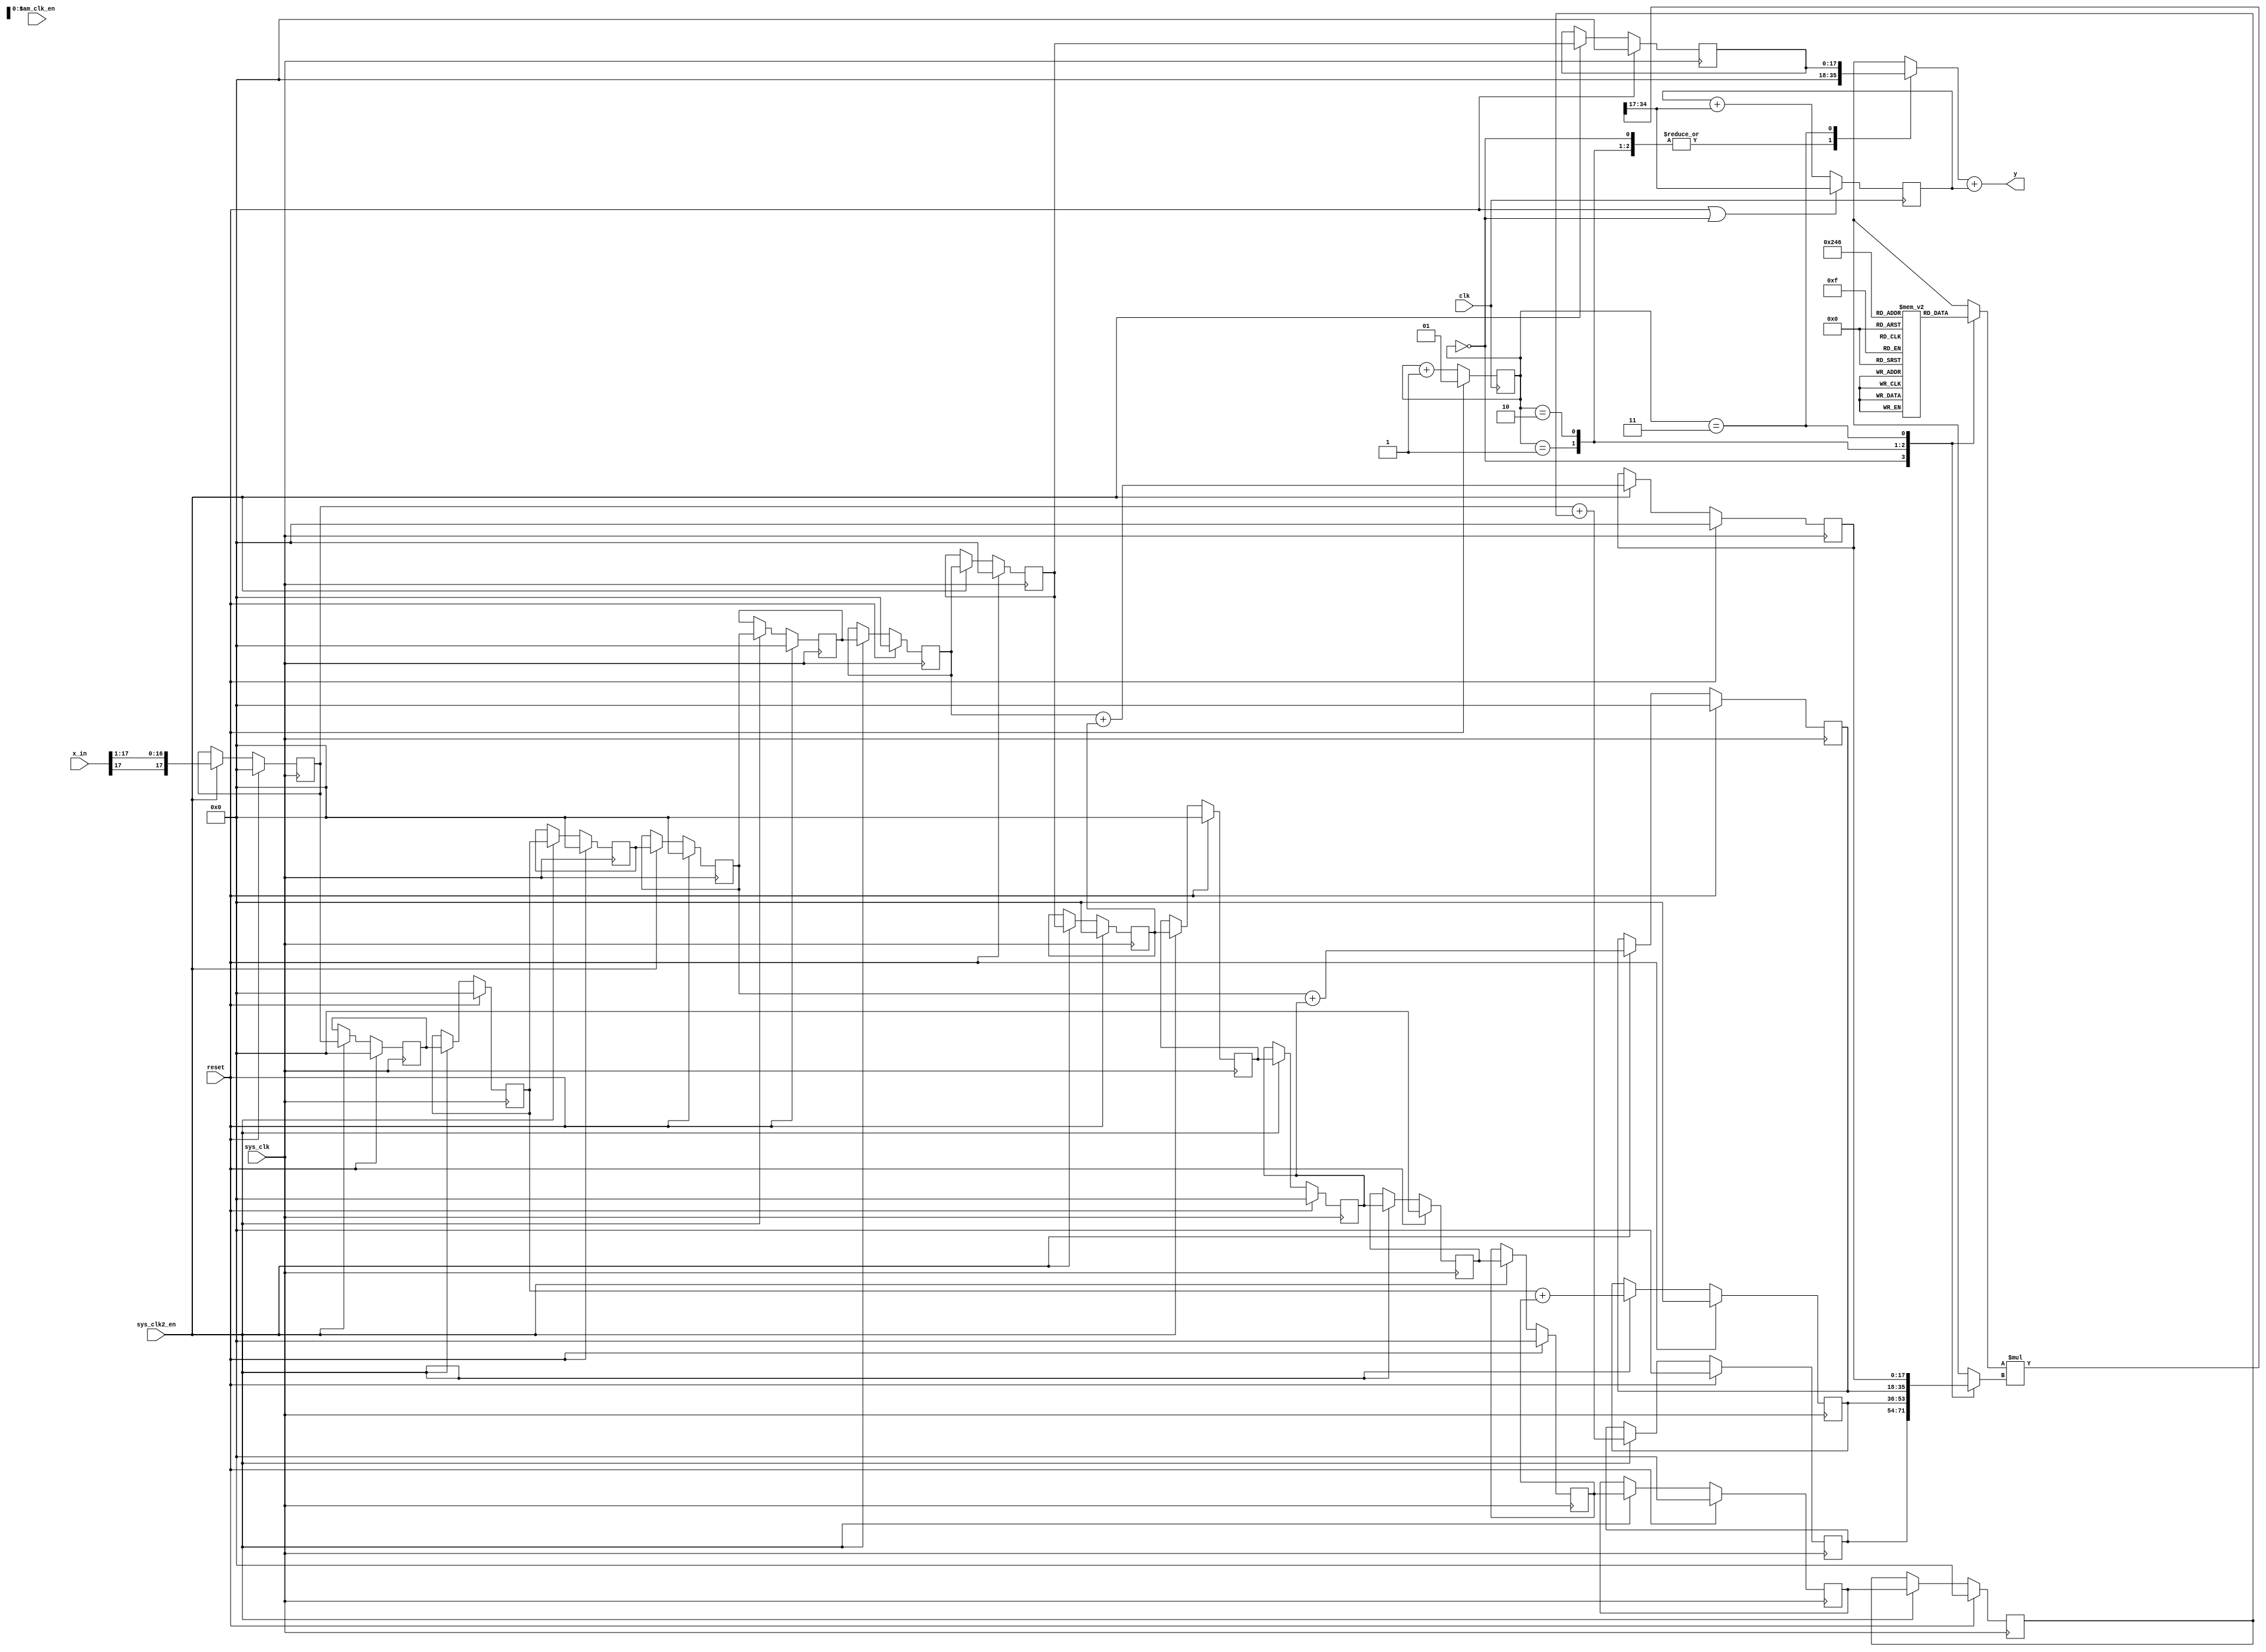
module DUT #(
//Will have to manually adjust line 110 if statements based on len of filt & sum lvls required
    parameter WIDTH=18,
    parameter LENGTH=15,
    parameter DELAY=4,
    parameter SUMLV1=8
)
(
    input sys_clk, sam_clk_en, reset, clk, sys_clk2_en,
    input signed [WIDTH-1:0] x_in,
    output reg signed [WIDTH-1:0] y
);

(* preserve *) reg signed [WIDTH-1:0] sum_lvl_1[SUMLV1-1:0];
(* keep *) reg signed [2*WIDTH-1:0] mult_out;
(* preserve *) reg signed [WIDTH-1:0] mult_in;
(* preserve *) reg signed [WIDTH-1:0] mult_coeff;
(* preserve *) reg signed [WIDTH-1:0] odd_out;
(* preserve *) reg signed [WIDTH-1:0] x[(LENGTH-1):0];
//0s18 coeffs
(* keep *) reg signed [WIDTH-1:0] Hsys[SUMLV1:0];
//run @ 50 MHz
(* preserve *) reg [1:0] cnt;


integer i;
initial begin
     for (i=0; i<SUMLV1; i=i+1)
        sum_lvl_1[i]=18'sd0;
     mult_out=36'sd0;
     mult_in=18'sd0;
     mult_coeff=18'sd0;
     for (i=0; i<LENGTH; i=i+1)
        x[i]=18'sd0;
     y = 18'sd0;
     cnt=2'd0;
end

//cnt
always @ (posedge clk)
    if (reset)
        cnt<=2'd1;
    else
        cnt<=cnt+2'd1;

/*-----------x[n]-----------*/
always @ (posedge sys_clk)
    if (reset) 
        x[0]<=18'sd0;
    else if (sys_clk2_en) begin
        x[0]<=$signed( {x_in[17],x_in[17:1]} );	//format input to 2s16 to prevent overflow
    end
    else
        x[0]<=$signed(x[0]);

always @ (posedge sys_clk)
    if (reset) begin
        for(i=1; i<LENGTH; i=i+1)
            x[i]<=18'sd0;
    end
    else if (sys_clk2_en) begin
        for(i=1; i<LENGTH; i=i+1)
            x[i]<=$signed(x[i-1]);
    end

/*-----------sum_lvl_1-----------*/
always @ (posedge sys_clk)
    if (reset) begin
		 for(i=0;i<SUMLV1;i=i+1)
			  sum_lvl_1[i] <= 18'sd0;
    end
    else if (sys_clk2_en) begin
		 for(i=0;i<SUMLV1;i=i+1)
            if (i==7)
                sum_lvl_1[7]<=$signed(x[7]);
            else
			  sum_lvl_1[i] <= $signed(x[i])+$signed(x[LENGTH-1-i]);
    end

/*-----------Mult_in (2s16)-----------*/
always @ * begin
    case (cnt)
        2'd0: mult_in=$signed(sum_lvl_1[0]);
        2'd1: mult_in=$signed(sum_lvl_1[2]);
        2'd2: mult_in=$signed(sum_lvl_1[4]);
        2'd3: mult_in=$signed(sum_lvl_1[6]);
    endcase
end

/*-----------Mult_coeff (0s18)-----------*/
always @ * begin
    case (cnt)
        2'd0: mult_coeff=$signed(Hsys[0]);
        2'd1: mult_coeff=$signed(Hsys[2]);
        2'd2: mult_coeff=$signed(Hsys[4]);
        2'd3: mult_coeff=$signed(Hsys[6]);
    endcase
end

/*-----------Mult_out for even taps (2s34)-----------*/
always @ *
    mult_out<=$signed(mult_coeff)*$signed(mult_in);

/*-----------Accumulator for mult-----------*/
(* preserve *) reg signed [WIDTH-1:0] acc;
always @ (posedge clk)
    if (reset || cnt==2'd0)
        acc<=$signed(mult_out[34:17]);
    else
        acc<=acc+$signed(mult_out[34:17]);
/*-----------odd_out 1s17-----------*/
//pk of halfband is always 0.5 so bitshift instead of mult
always @ * begin
    case (cnt)
        2'd0: odd_out=(18'sd0);
        2'd1: odd_out=(18'sd0);
        2'd2: odd_out=(18'sd0);
        2'd3: odd_out=$signed(sum_lvl_1[7]);
    endcase
end

always @ (sys_clk)
    y<=$signed(odd_out)+$signed(acc);

/*-----------coeffs 0s18-----------*/
initial begin
	Hsys[0] = -18'sd348;
	Hsys[1] = 18'sd0;
	Hsys[2] = 18'sd3274;
	Hsys[3] = 18'sd0;
	Hsys[4] = -18'sd15925;
	Hsys[5] = 18'sd0;
	Hsys[6] = 18'sd78535;
	Hsys[7] = 18'sd131072;
end

endmodule